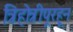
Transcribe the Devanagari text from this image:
त्रिहोत्रीपूरहून